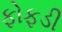
ફોફડી